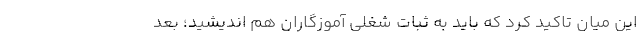
این میان تاکید کرد که باید به ثبات شغلی آموزگاران هم اندیشید؛ بعد